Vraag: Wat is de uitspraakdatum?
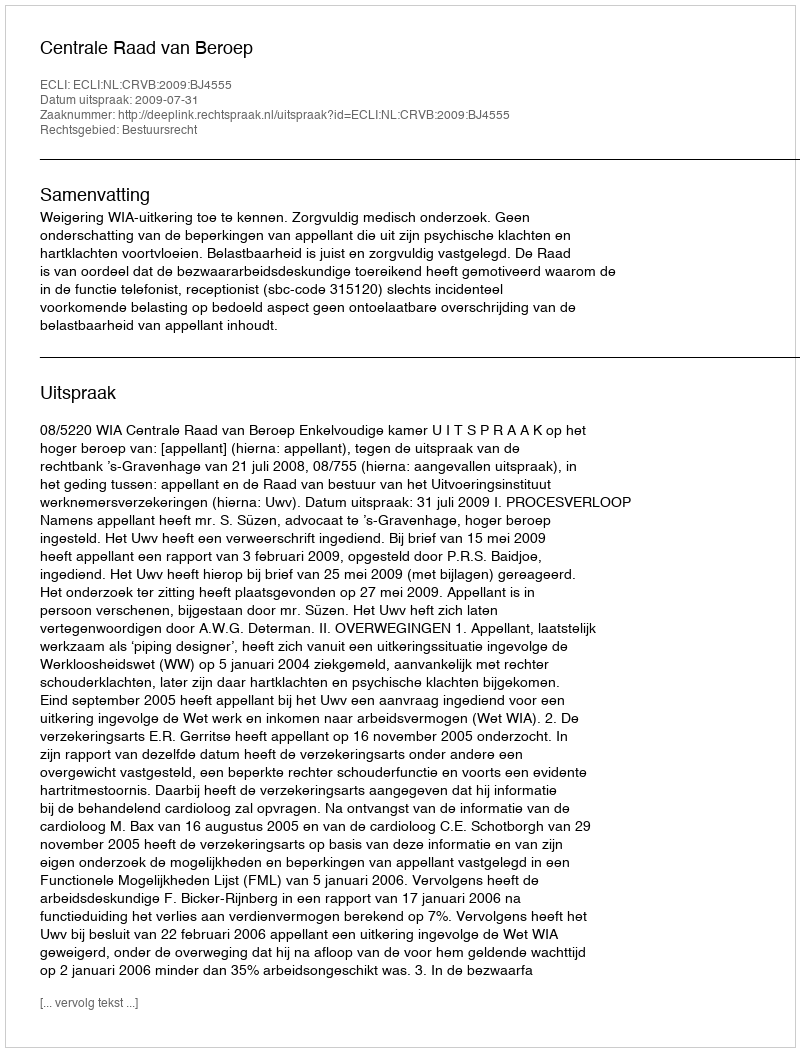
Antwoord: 2009-07-31